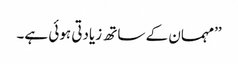
’’مہمان کے ساتھ زیادتی ہوئی ہے۔